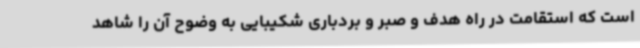
است که استقامت در راه هدف و صبر و بردباری شکیبایی به وضوح آن را شاهد